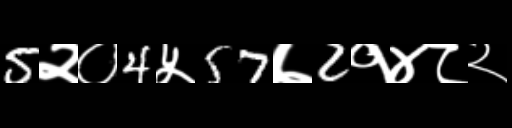
Text: 5२०4५57७2१४८२